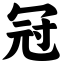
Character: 冠